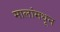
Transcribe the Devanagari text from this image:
मालांमधून